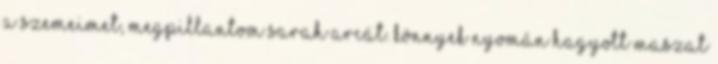
a szemeimet, megpillantom Sarah arcát. Könnyek nyomán hagyott maszat